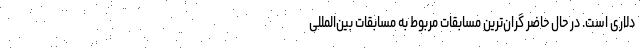
دلاری است. در حال حاضر گران‌ترین مسابقات مربوط به مسابقات بین‌المللی